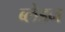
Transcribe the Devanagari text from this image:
ब्लेडन